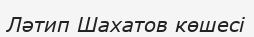
Ләтип Шахатов көшесі